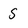
Character: S